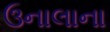
ઉનાલાના